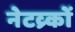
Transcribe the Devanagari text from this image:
नेटव्र्कों